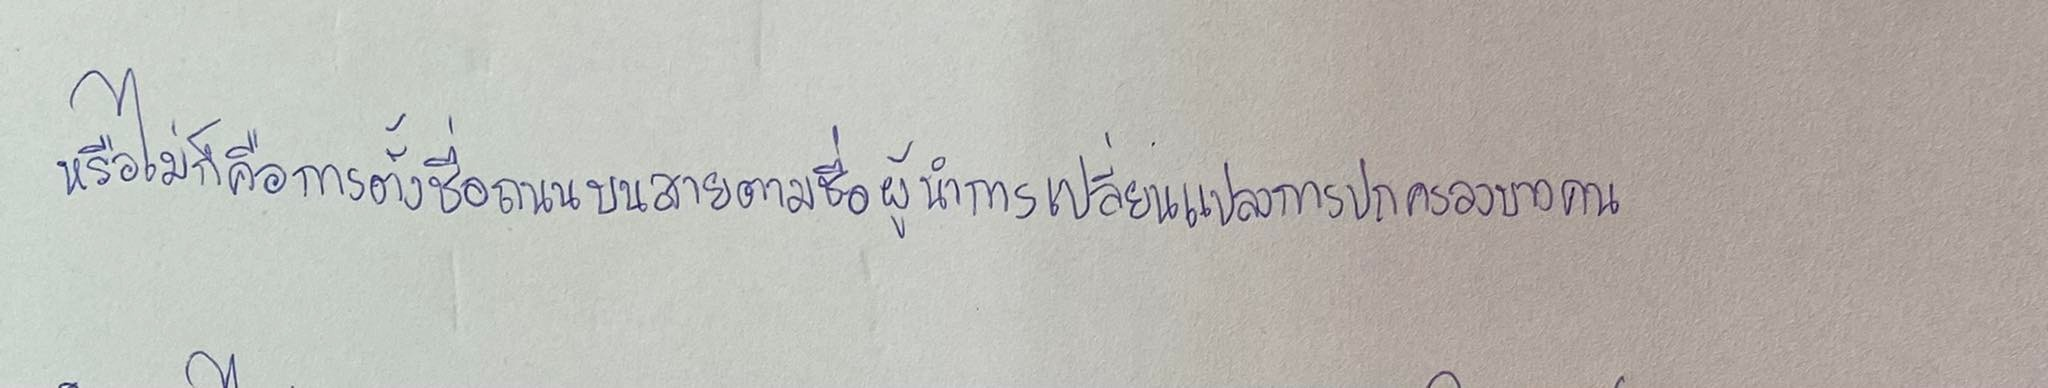
หรือไม่ก็คือการตั้งชื่อถนนบางสายตามชื่อผู้นำการเปลี่ยนแปลงการปกครองบางคน